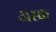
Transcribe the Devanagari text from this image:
अस्क